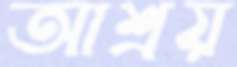
আশ্রয়